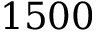
1 5 0 0